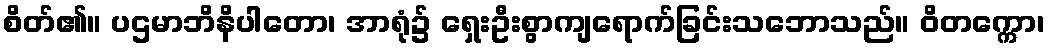
စိတ်၏။ ပဌမာဘိနိပါတော၊ အာရုံ၌ ရှေးဦးစွာကျရောက်ခြင်းသဘောသည်။ ဝိတက္ကော၊